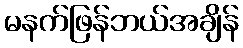
မနက်ဖြန်ဘယ်အချိန်